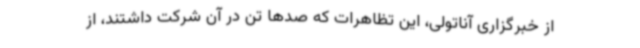
از خبرگزاری آناتولی، این تظاهرات که صدها تن در آن شرکت داشتند، از